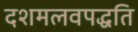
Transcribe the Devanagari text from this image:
दशमलवपद्धति